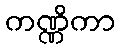
ကဏ္ဏိကာ